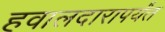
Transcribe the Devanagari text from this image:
हवालदारापर्यंत